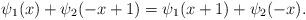
LaTeX: \begin{align*} \psi_1(x)+\psi_2(-x+1)=\psi_1(x+1)+\psi_2(-x).\end{align*}